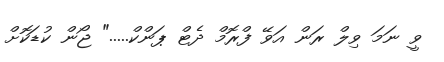
ވީ ނަމަ ވިލް ރަން އަވޭ ފްރޮމް ދެޓް ޕަންކް....." ޖޯން ކުޑަކޮށް